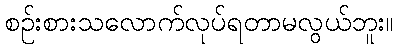
စဉ်းစားသလောက်လုပ်ရတာမလွယ်ဘူး။